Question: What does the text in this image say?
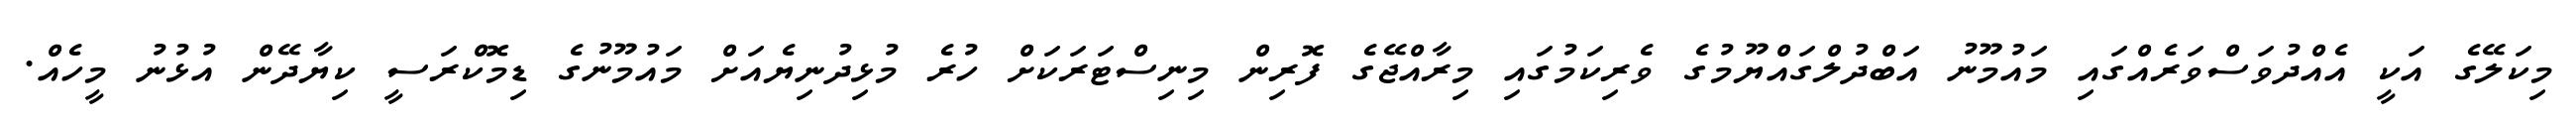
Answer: މިކަލޭގެ އަކީ އެއްދުވަސްވަރެއްގައި މައުމޫނު އަބްދުލްގައްޔޫމުގެ ވެރިކަމުގައި މިރާއްޖޭގެ ފޮރިން މިނިސްޓަރަކަށް ހުރެ މުޅިދުނިޔެއަށް މައުމޫނުގެ ޑިމޮކްރަސީ ކިޔާދޭން އުޅުނު މީހެއް.